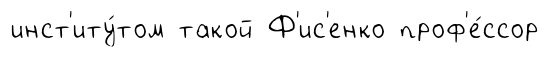
инст'иту́том такой Ф'ис'енко проф'е́ссор